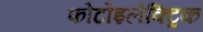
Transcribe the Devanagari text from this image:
फोटोइलेक्ट्रिक